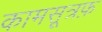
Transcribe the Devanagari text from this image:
कामसूत्रफ़